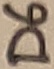
Text: D6